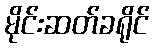
မိုင်းဆတ်ခရိုင်